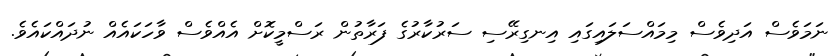
ނަމަވެސް އަދިވެސް މިމައްސަލައިގައި އިނގިރޭސި ސަރުކާރުގެ ފަރާތުން ރަސްމީކޮށް އެއްވެސް ވާހަކައެއް ނުދައްކައެވެ.